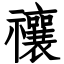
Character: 禳